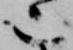
也